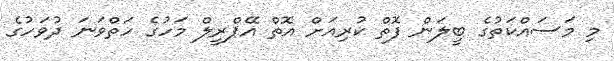
މި މަސައްކަތުގެ ބީލަން ފޮތް ކުރިއަށް އޮތް އޭޕްރީލް މަހުގެ ހަތްވަނަ ދުވަހުގެ